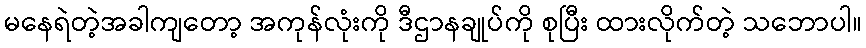
မနေရဲတဲ့အခါကျတော့ အကုန်လုံးကို ဒီဌာနချုပ်ကို စုပြီး ထားလိုက်တဲ့ သဘောပါ။